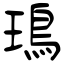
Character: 鳿